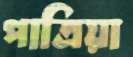
পাত্রিয়া